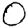
Digit: 0